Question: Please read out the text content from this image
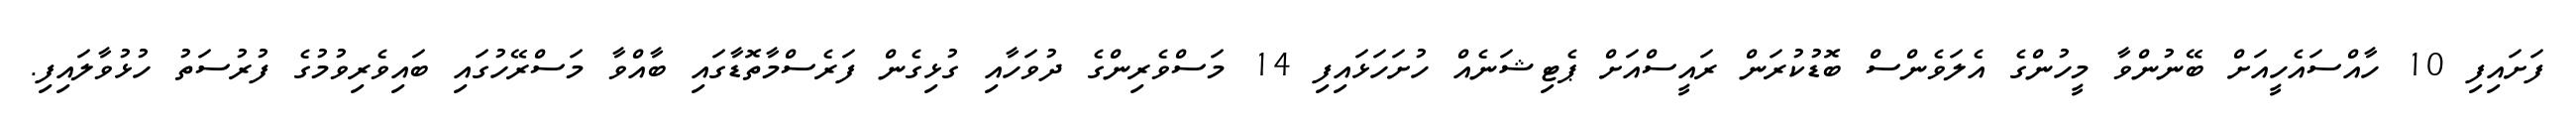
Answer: ފަށައިފި 10 ހާއްސައެހީއަށް ބޭނުންވާ މީހުންގެ އެލަވެންސް ބޮޑުކުރަން ރައީސްއަށް ޕެޓިޝަނެއް ހުށަހަޅައިފި 14 މަސްވެރިންގެ ދުވަހާއި ގުޅިގެން ފަރެސްމާތޮޑާގައި ބާއްވާ މަސްރޭހުގައި ބައިވެރިވުމުގެ ފުރުސަތު ހުޅުވާލައިފި.